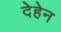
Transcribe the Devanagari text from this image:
देहेन